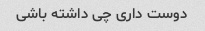
دوست داری چی داشته باشی